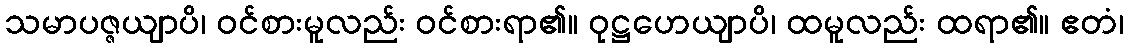
သမာပဇ္ဇယျာပိ၊ ဝင်စားမူလည်း ဝင်စားရာ၏။ ဝုဋ္ဌဟေယျာပိ၊ ထမူလည်း ထရာ၏။ ဧတံ၊